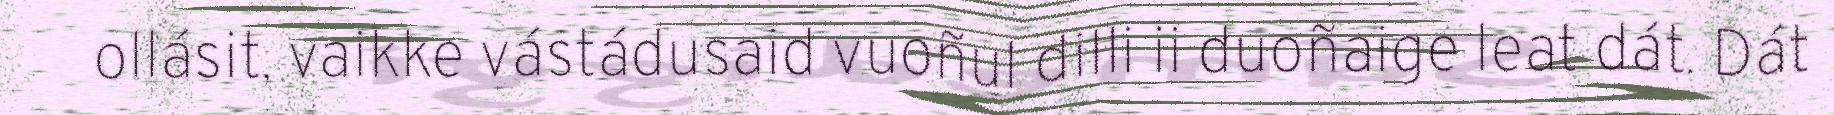
ollásit, vaikke vástádusaid vuoñul dilli ii duoñaige leat dát. Dát